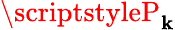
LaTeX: \scriptstyleP_{\mathbf{k}}